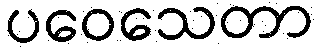
ပဝေသေတာ